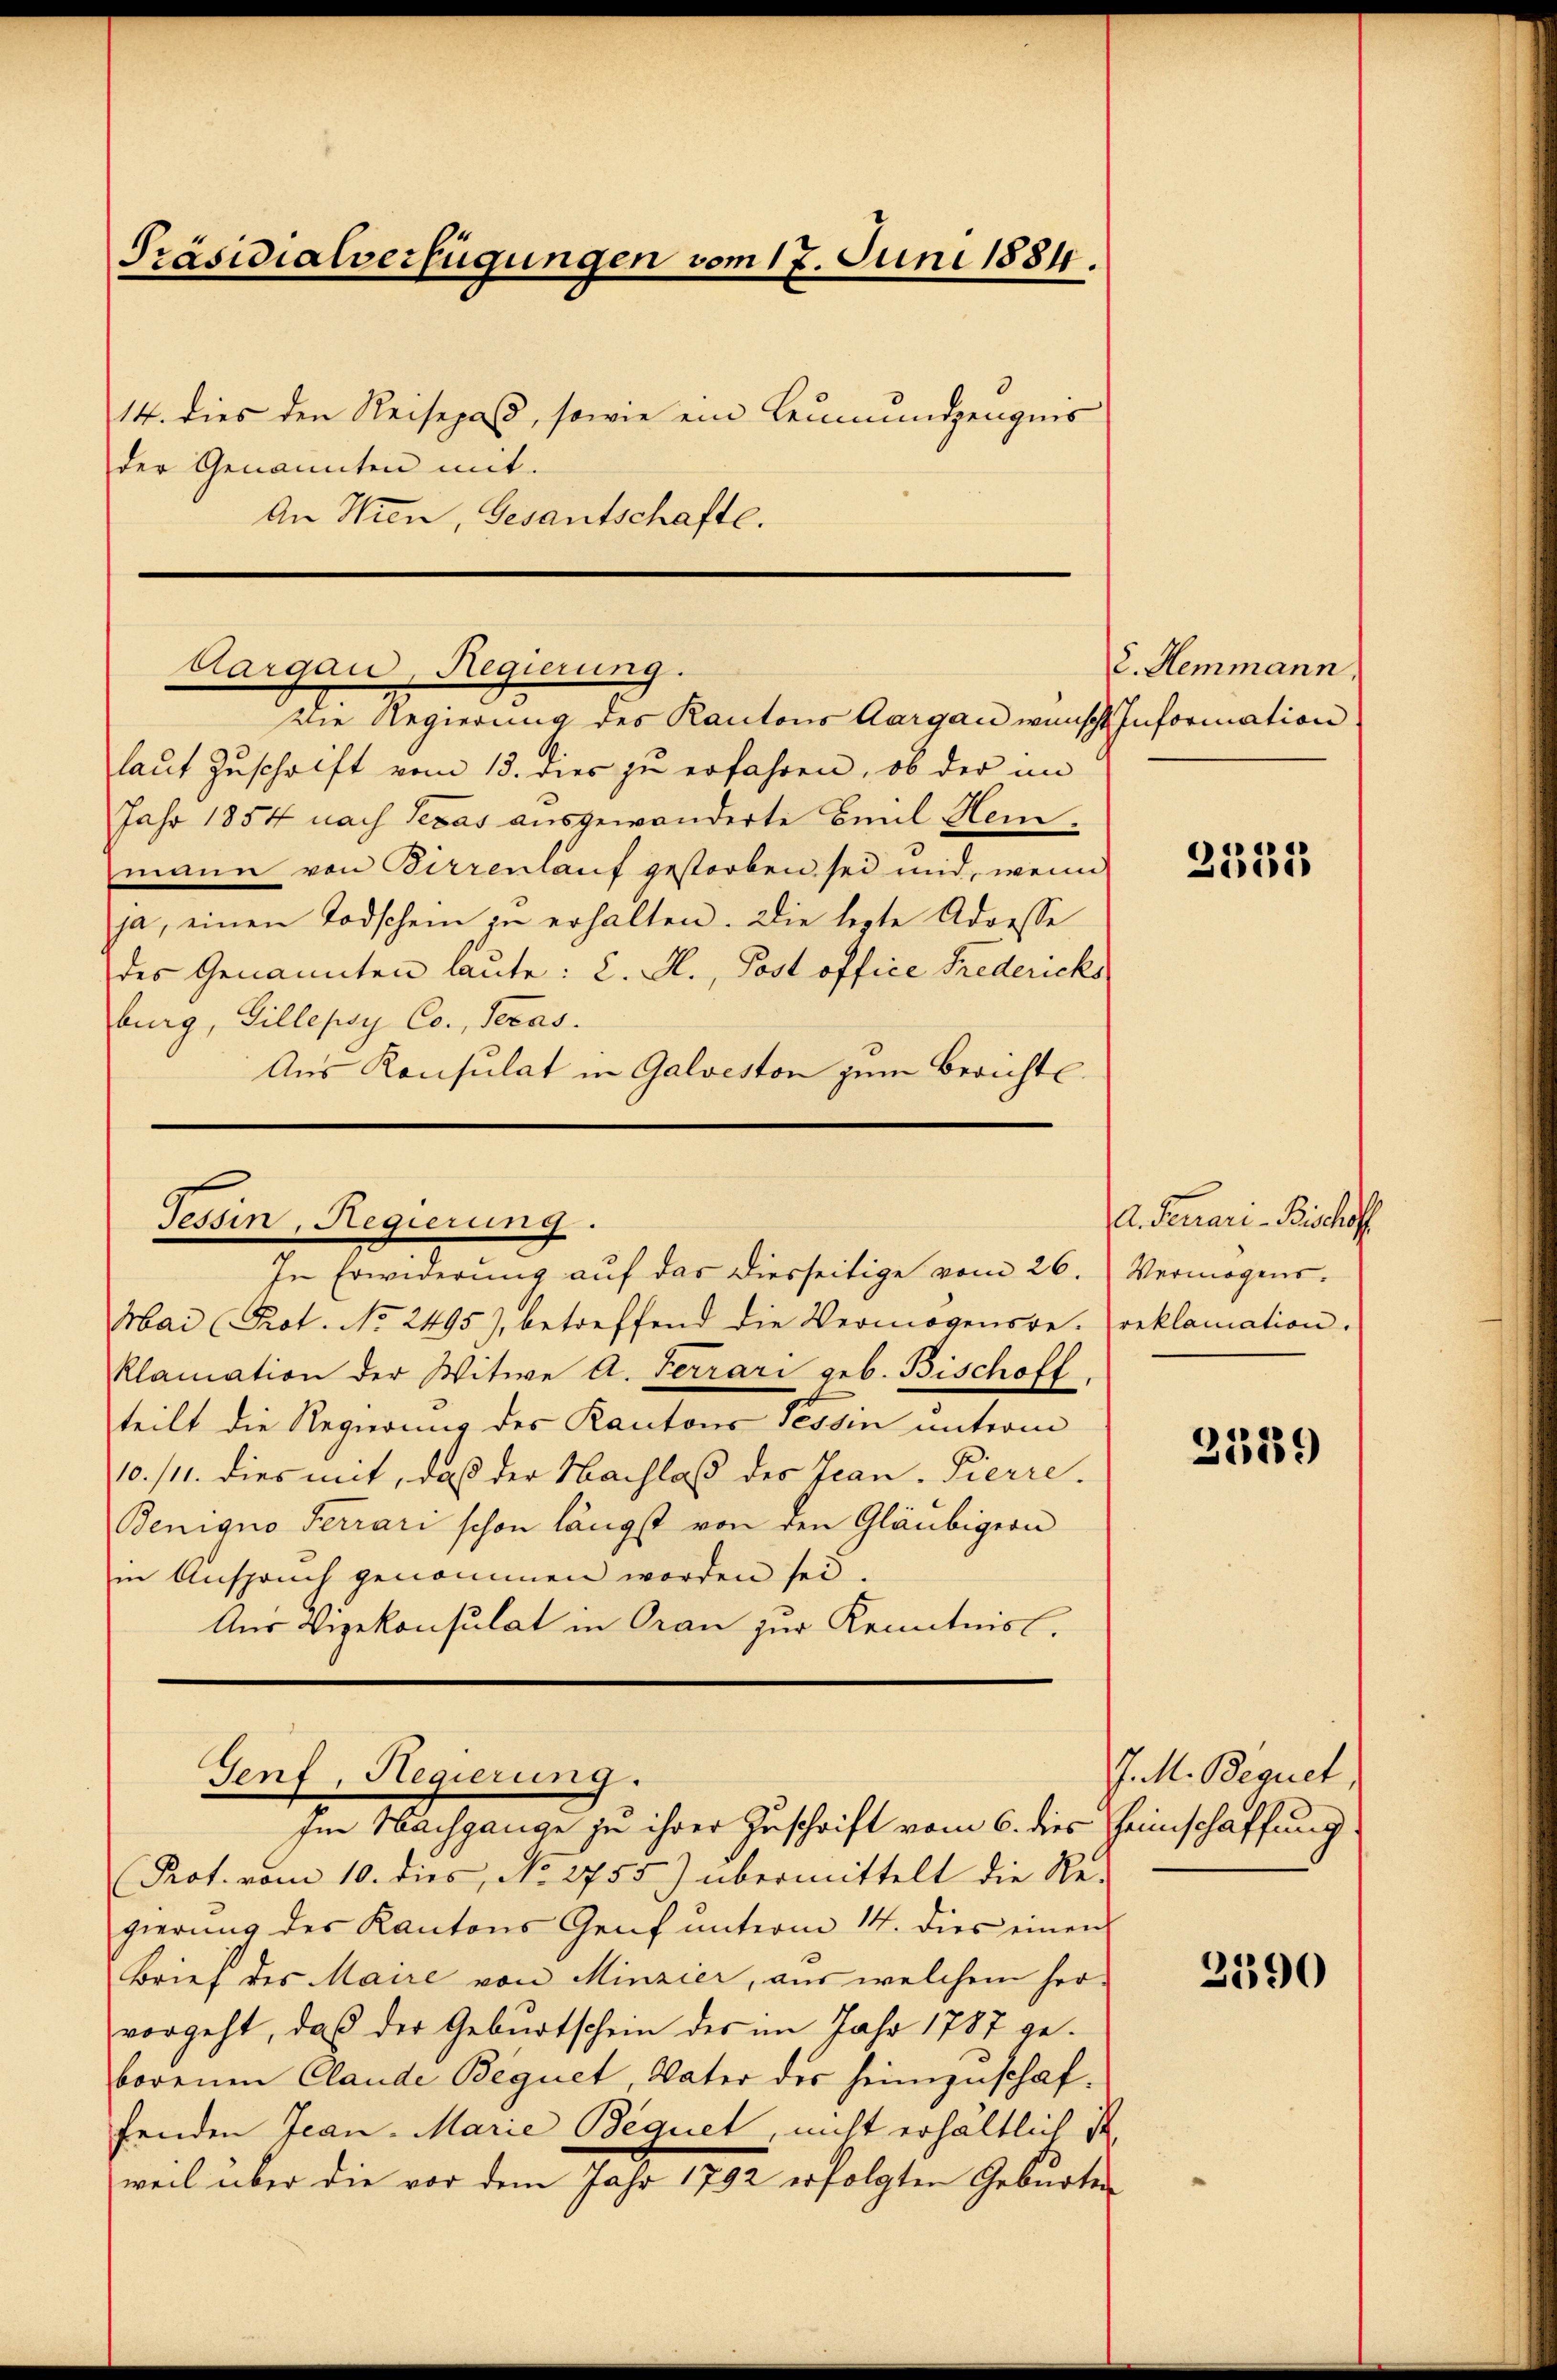
An Wien, Gesantschafte.

Präsidialverfügungen vom 17. Juni 1884.
14. dies den Reisepaß, sowie ein Leumundzeugnis
der Genannten mit.

Die Regierung des Kantons Aargau wünscht Information
laut Zuschrift vom 13. dies zu erfahren, ob der im
Jahr 1854 nach Texas ausgewanderte Emil Heimann von Birrenlauf gestorben sei und, wenn
ja, einen Todschein zu erhalten. Die legte Adresse
des Genannten laute: C. H., Post office Frederichs
burg, Villepsy Co., Seras.
Aus Konsulat in Galveston zum Berichte

Mai (Prot. No. 2495), betreffend die Vermögensre- reklamation.
klamation der Witwe A. Ferrari geb. Bischoff
teilt die Regierung des Kantons Tessin unterm
10./11. dies mit, daß der Nachlaß des Jean-Pierre
Benigno Terrari schon längst von den Gläubigern
in Anspruch genommen worden sei.
Aus Vizekonsulat in Oran zur Kenntnisl.

Aargau, Regierung.

Tessin, Regierung.
In Erwiderung auf das diesseitige vom 26.

Genf, Regierung.

e. Hemmann.

2335

A. Demari Bischoff
Vermögens.

Im Nachgange zu ihrer Zuschrift vom 6. dies Heimschaffung.
Prot. vom 10. dies, No. 2755) übermittelt die Re-
gierung des Kantons Genf ŭnterm 14. dies einen
Brief des Maire von Minzier, aus welchem hervorgeht, daß der Geburtschein des im Jahr 1787 geborenen Claude Bequet Vater des heimzuschaffenden Jean - Marie Bequet, nicht erhältlich ist
weil über die vor dem Jahr 1792 erfolgten Geburten

21889

J. M. Bequet,

2590